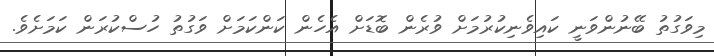
މިވަގުތު ބޭނުންވަނީ ކައިވެނިކުރުމަށް ވުރެން ބޮޑަށް އެހެން ކަންކަމަށް ވަގުތު ހުސްކުރަން ކަމަށެވެ.